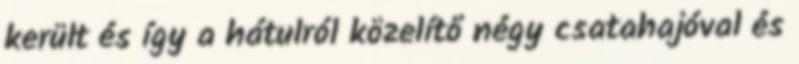
került és így a hátulról közelítő négy csatahajóval és